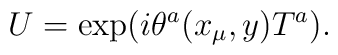
U = \exp (i \theta^a (x_\mu, y) T^a).